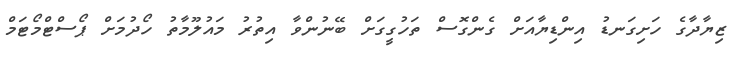
ޒިޔާދާގެ ހަށިގަނޑު އިންޑިޔާއަށް ގެންގޮސް ތަހުގީގަށް ބޭނުންވާ އިތުރު މައުލޫމާތު ހޯދުމަށް ޕޯސްޓްމޯޓަމް